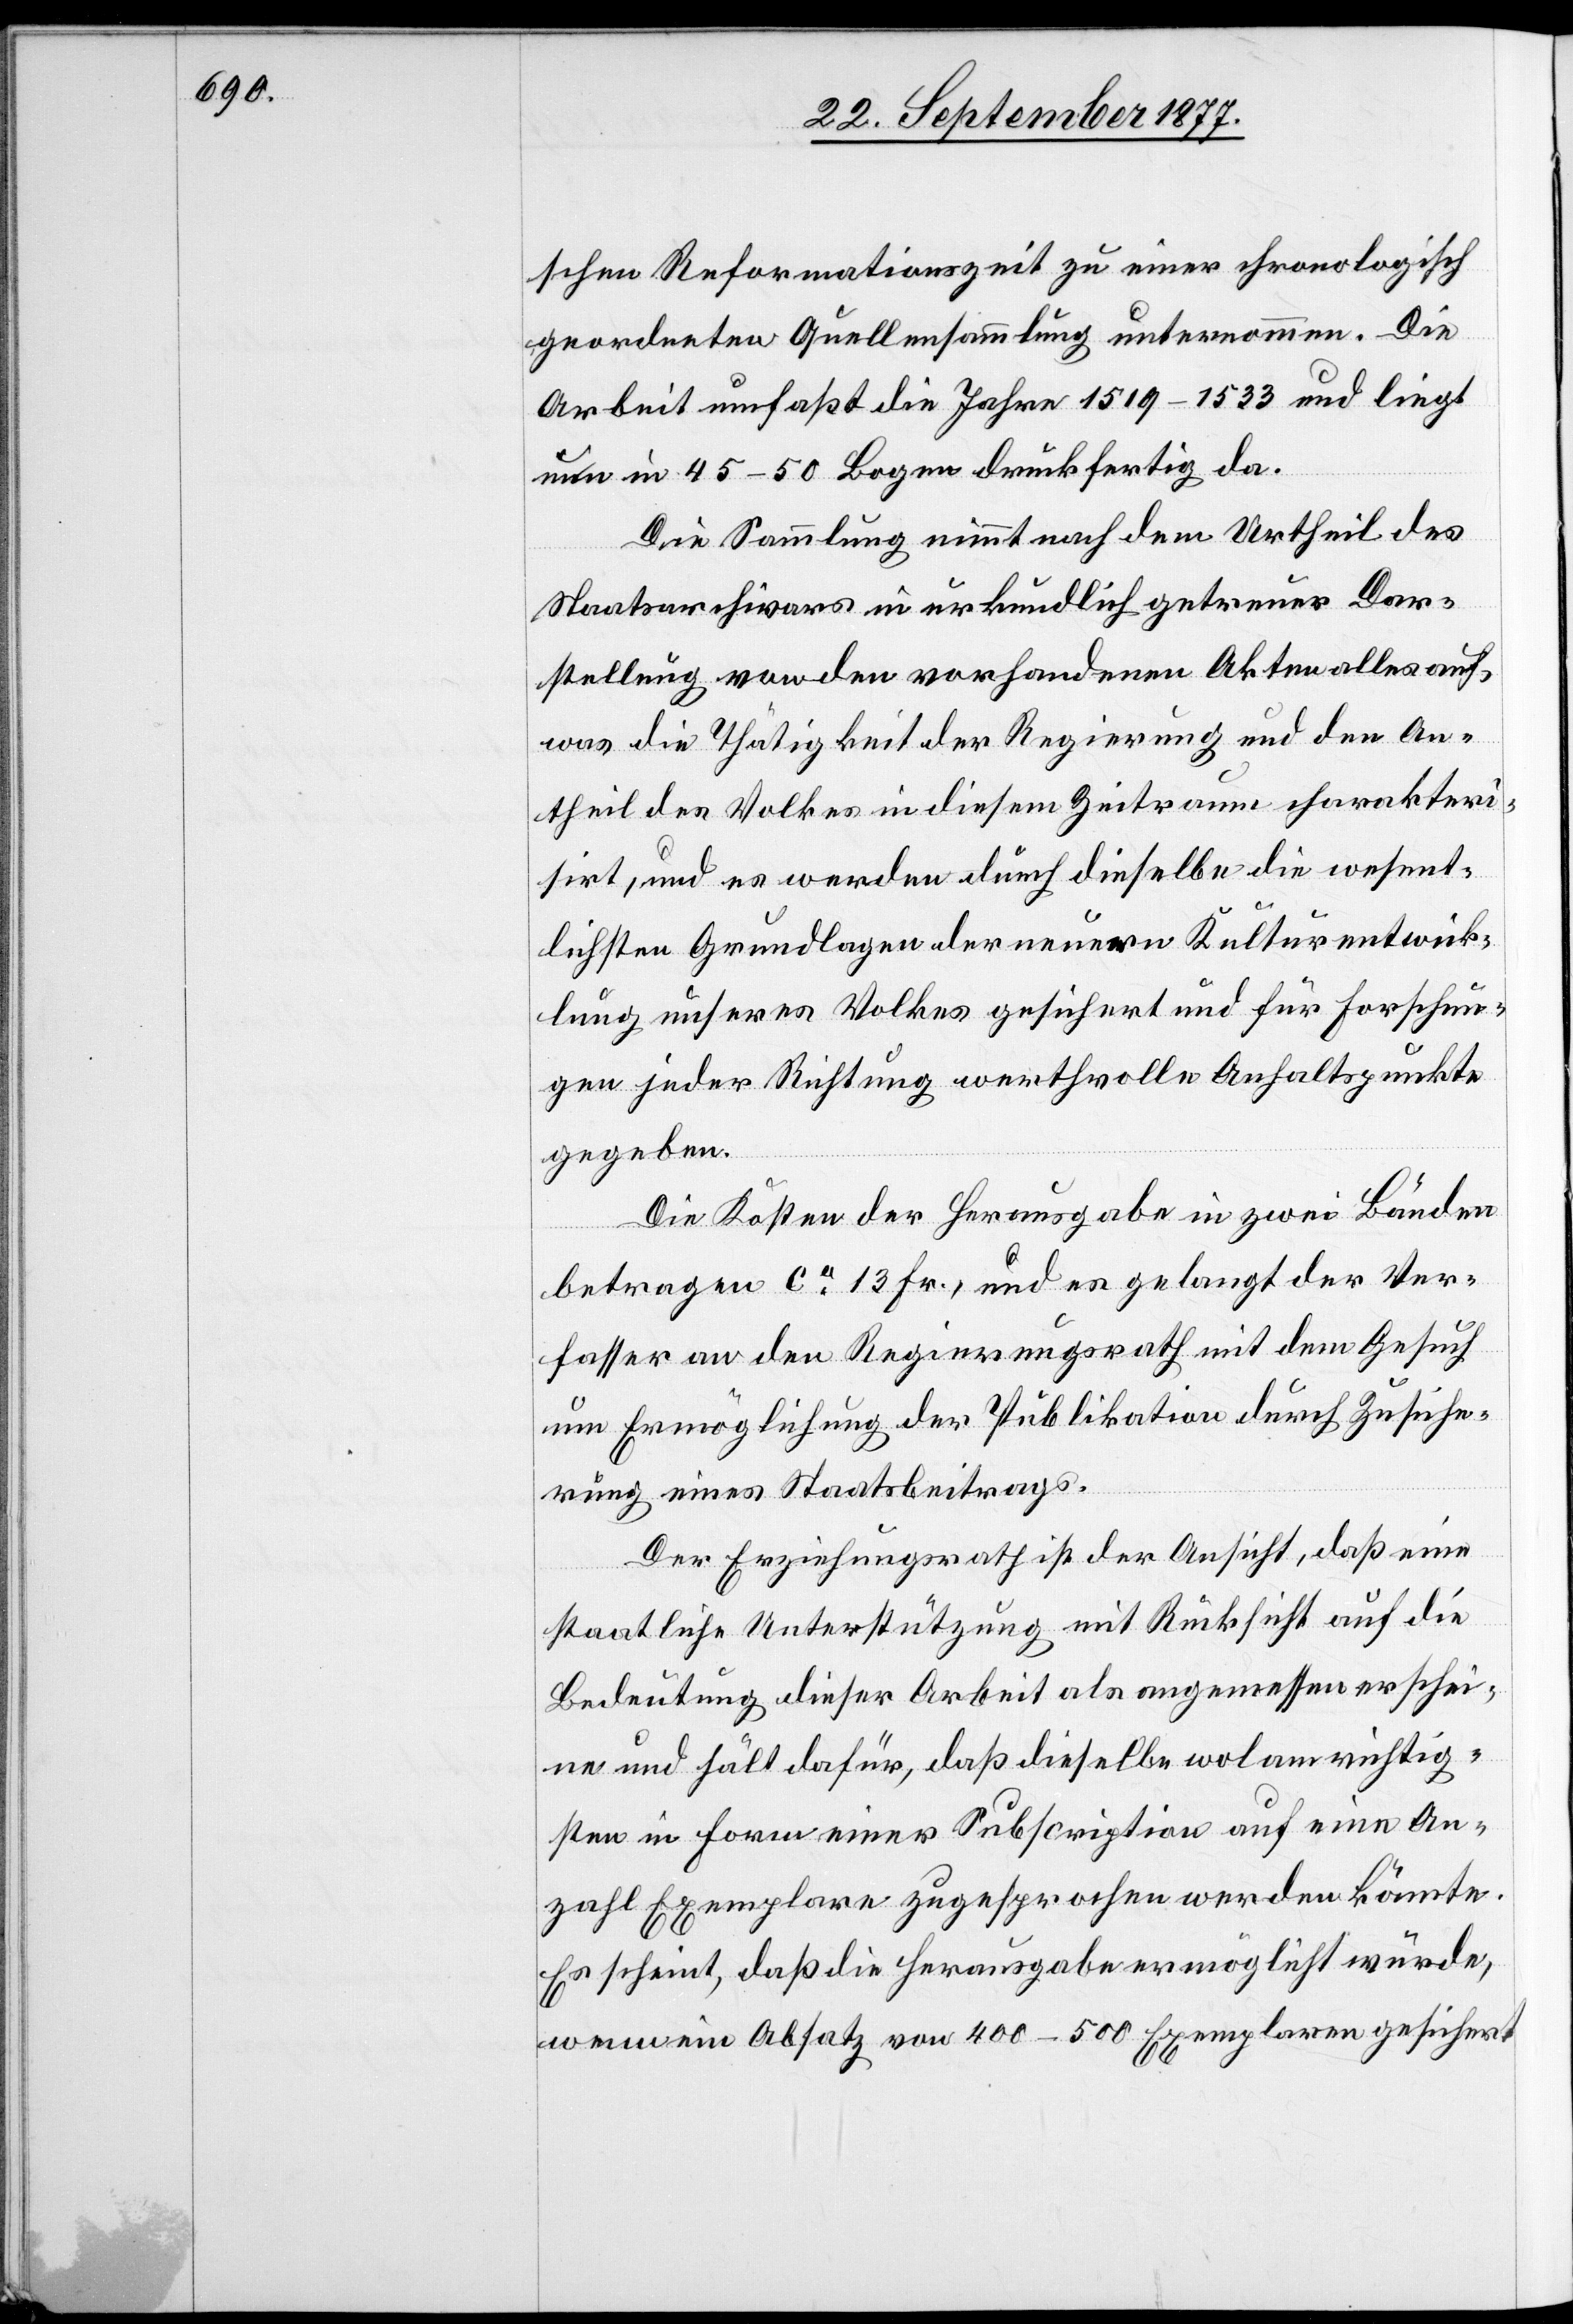
schen Reformationszeit zu einer chronologisch
geordneten Quellensammlung unternommen. Die
Arbeit umfaßt die Jahre 1519–1533 und liegt
nun in 45–50 Bogen druckfertig da.
Die Sammlung nimmt nach dem Urtheil des
Staatsarchivars in urkundlich getreuer Dar¬
stellung von den vorhandenen Akten alles auf,
was die Thätigkeit der Regierung und den An¬
theil des Volkes in diesem Zeitraum charakteri¬
sirt, und es werden durch dieselbe die wesent¬
lichsten Grundlagen der neuern Kulturentwick¬
lung unseres Volkes gesichert und für Forschun¬
gen jeder Richtung werthvolle Anhaltspunkte
gegeben.
Die Kosten der Herausgabe in zwei Bänden
betragen ca 13 Fr., und es gelangt der Ver¬
fasser an den Regierungsrath mit dem Gesuch
um Ermöglichung der Publikation durch Zusiche¬
rung eines Staatsbeitrags.
Der Erziehungsrath ist der Ansicht, daß eine
staatliche Unterstützung mit Rücksicht auf die
Bedeutung dieser Arbeit als angemessen erschei¬
ne und hält dafür, daß dieselbe wol am richtig¬
sten in Form einer Subscription auf eine An¬
zahl Exemplare zugesprochen werden könnte.
Es scheint, daß die Herausgabe ermöglicht würde,
wenn ein Absatz von 400–500 Exemplaren gesichert